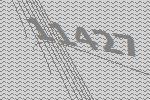
11427